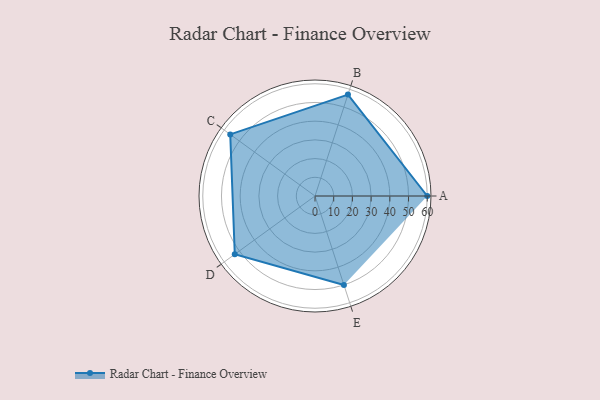
{"axis": {"x": "Skill", "y": "Score"}, "legend": ["Profile"], "data": [{"x": "A", "y": 60.0, "type": "Profile"}, {"x": "B", "y": 57.0, "type": "Profile"}, {"x": "C", "y": 56.0, "type": "Profile"}, {"x": "D", "y": 53.0, "type": "Profile"}, {"x": "E", "y": 50.0, "type": "Profile"}]}